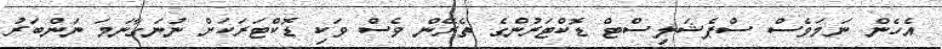
އެހެން ނަމަވެސް ސްޕެޝަލިސްޓް ޑޮކްޓަރުންގެ ތެރޭން ވެސް ވަކި ޑޮކްޓަރަކަށް ނުނަގާނަމަ ނަންބަރު